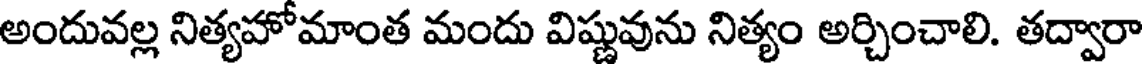
అందువల్ల నిత్యహోమాంత మందు విష్ణువును నిత్యం అర్చించాలి. తద్వారా